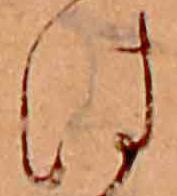
は